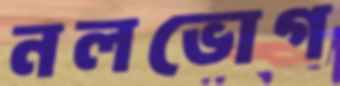
নলভোগ